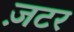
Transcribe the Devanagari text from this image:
ज़टर